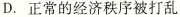
D.正常的经济秩序被打乱